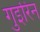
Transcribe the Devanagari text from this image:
गुइरिन